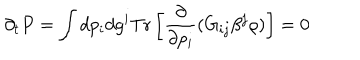
\partial _ { t } P = \int d p _ { i } d g ^ { i } \mathrm { T r } \left[ { \frac { \partial } { \partial p _ { i } } } ( G _ { i j } \beta ^ { j } \rho ) \right] = 0